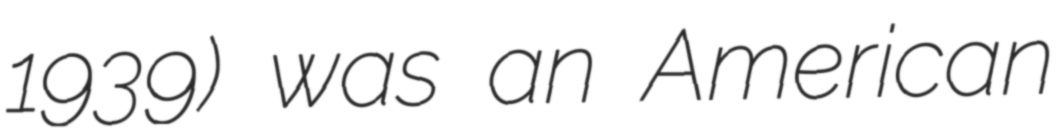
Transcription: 1939) was an American